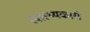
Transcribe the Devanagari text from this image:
स्वास्थ्यकारी